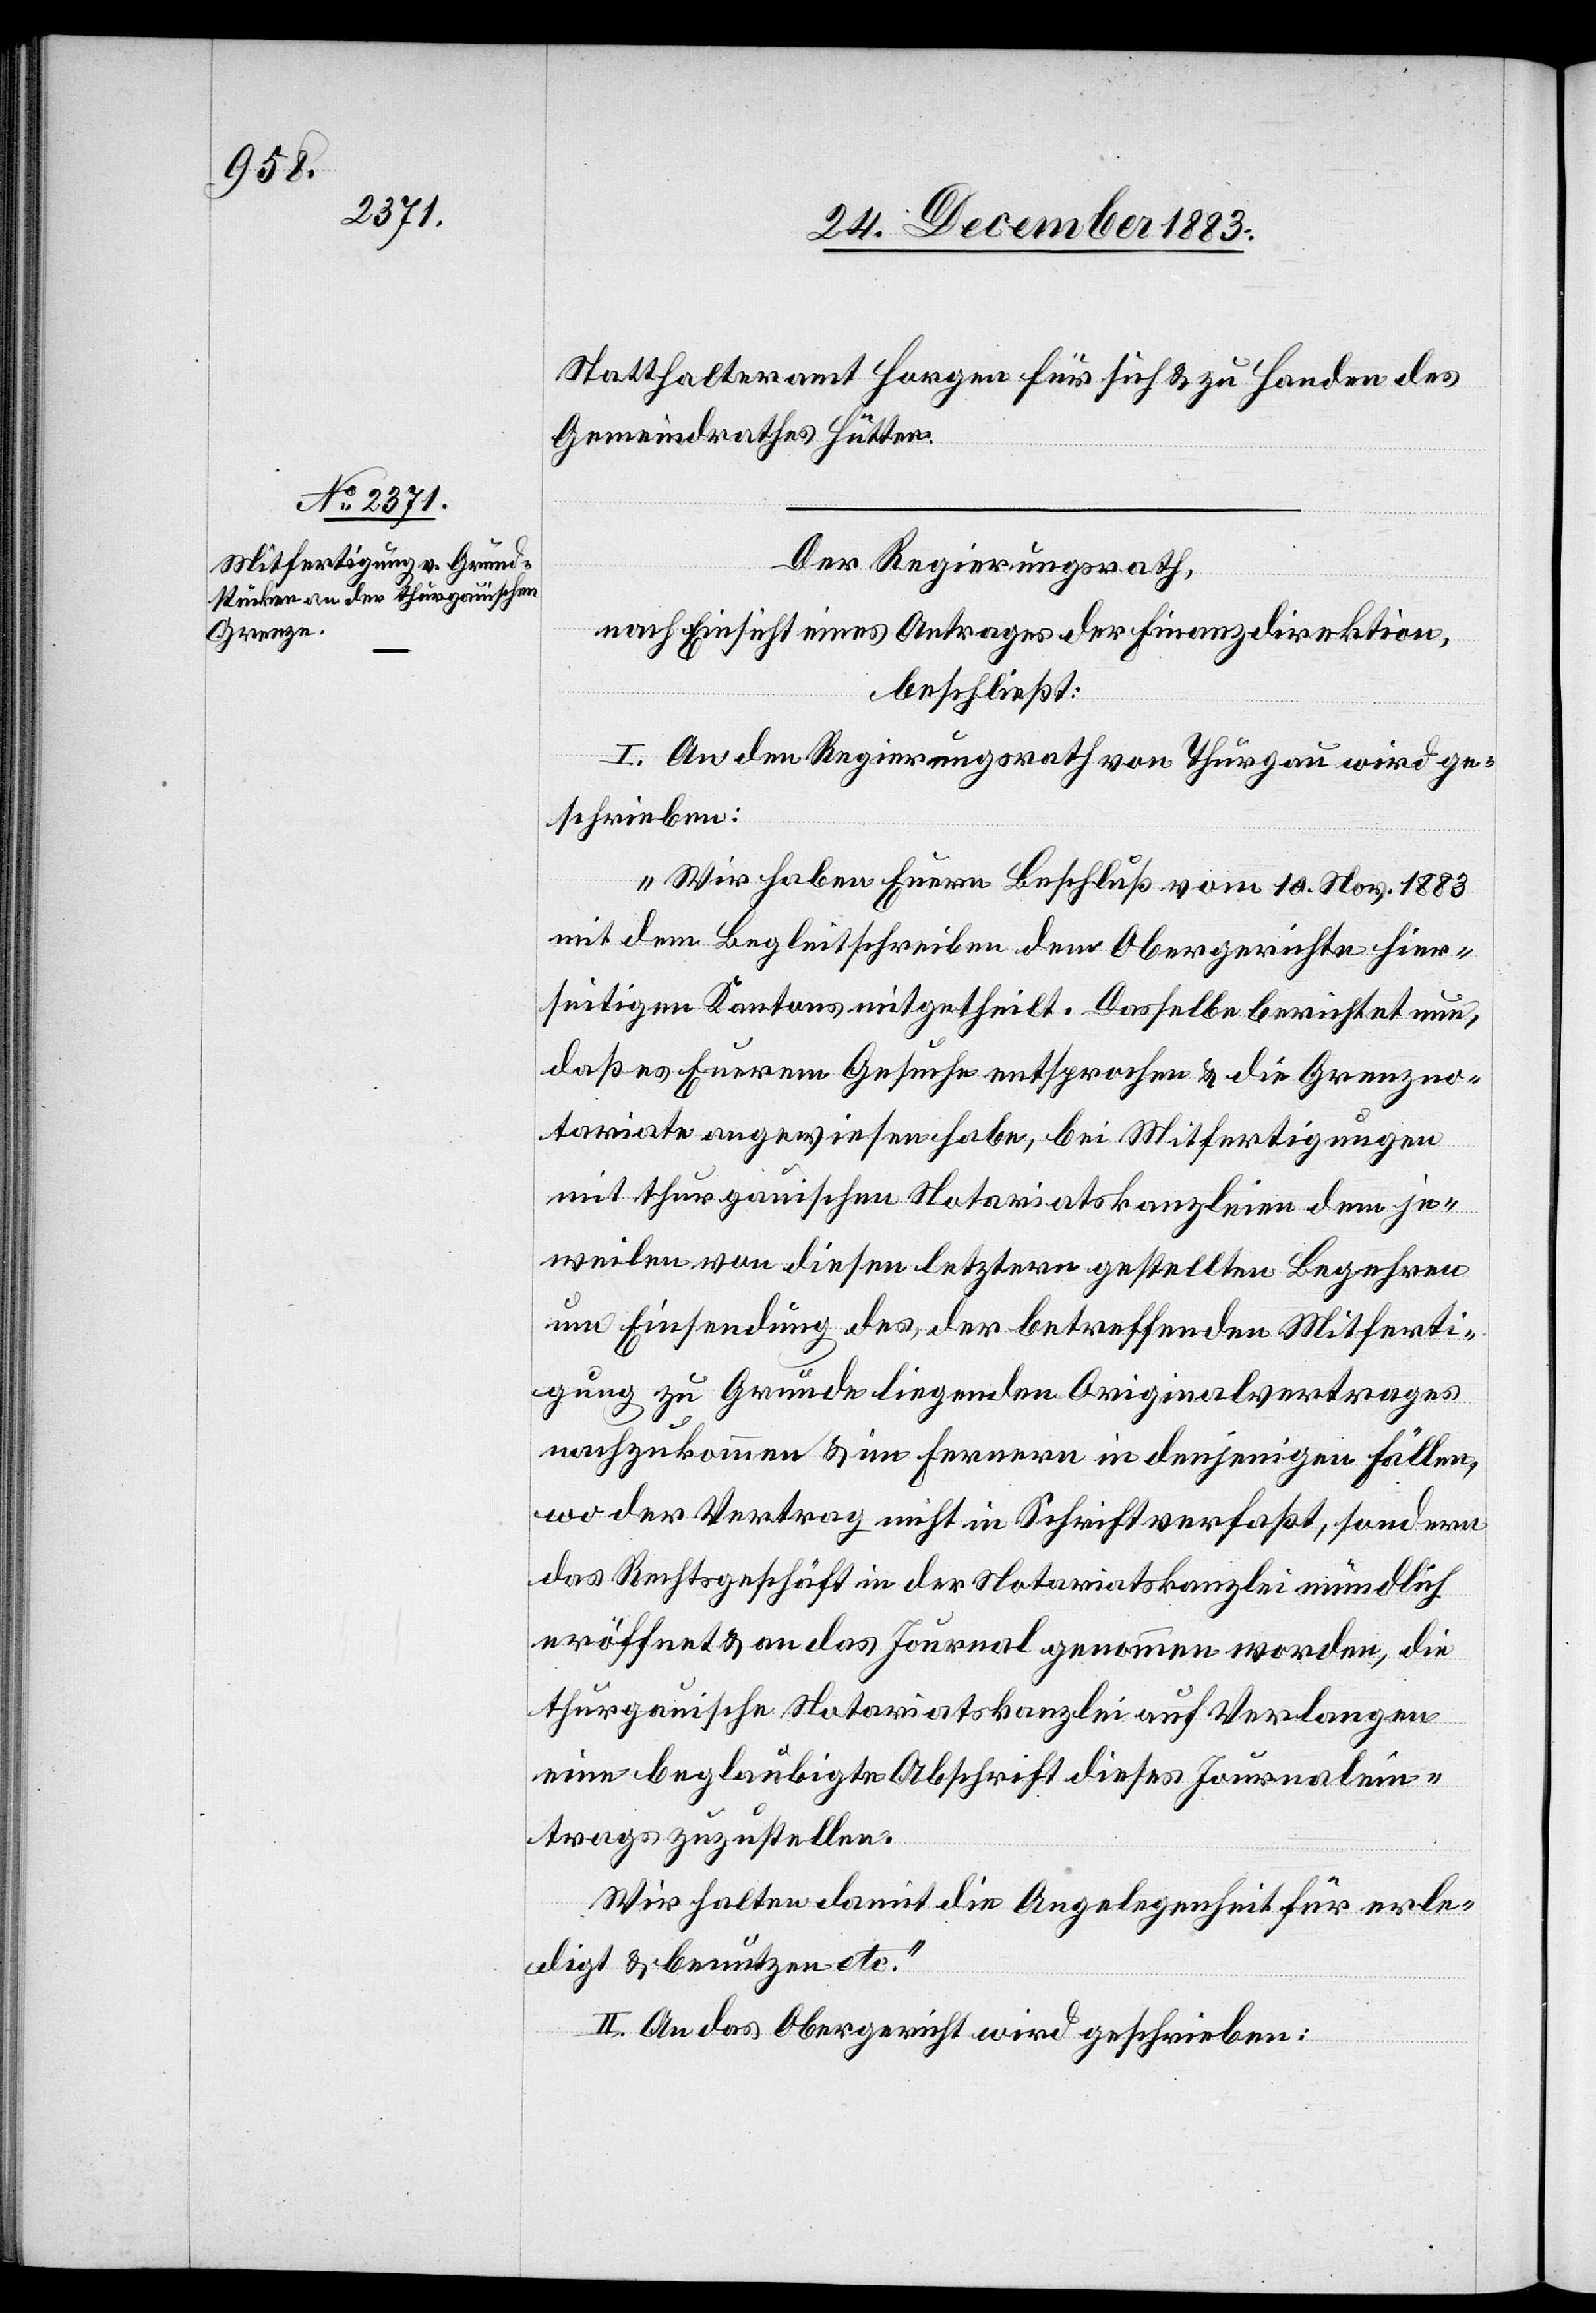
Statthalteramt Horgen für sich & zu Handen des
Gemeindrathes Hütten.
Der Regierungsrath,
nach Einsicht eines Antrages der Finanzdirektion,
beschließt:
I. An den Regierungsrath von Thurgau wird ge¬
schrieben:
„Wir haben Euern Beschluß vom 10. Nov. 1883
mit dem Begleitschreiben dem Obergerichte hier¬
seiteigen Kantons mitgetheilt. Dasselbe berichtet nur,
daß es Euerem Gesuch entsprochen & die Grenzno¬
tariate angewiesen habe, die Mitfertigungen
mit thurgauischen Notariatskanzleien dem je¬
weilen von diesen letztern gestellten Begehren
um Einsendung des, der betreffenden Mitferti¬
gung zu Grunde liegenden Originalvertrages
nachzukommen & im Fernern in denjenigen Fällen,
wo der Vertrag nicht in Schrift verfaßt, sondern
das Rechtsgeschäft in der Notariatskanzlei mündlich
eröffnet & an das Journal genommen worden, die
thurgauische Notariatskanzlei auf Verlangen
eine beglaubigte Abschrift dieses Journalein¬
trages zuzustellen.
Wir halten damit die Angelegenheit für erle¬
digt & benutzen etc.“
II. An das Obergericht wird geschrieben: